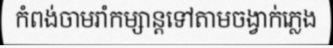
កំពង់ចាមរាំកម្សាន្តទៅតាមចង្វាក់ភ្លេង